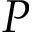
P